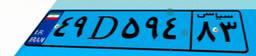
۴۹D۵۹۴۸۳